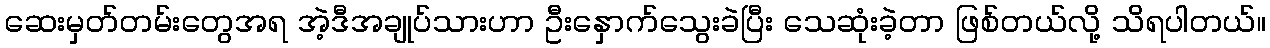
ဆေးမှတ်တမ်းတွေအရ အဲ့ဒီအချုပ်သားဟာ ဦးနှောက်သွေးခဲပြီး သေဆုံးခဲ့တာ ဖြစ်တယ်လို့ သိရပါတယ်။